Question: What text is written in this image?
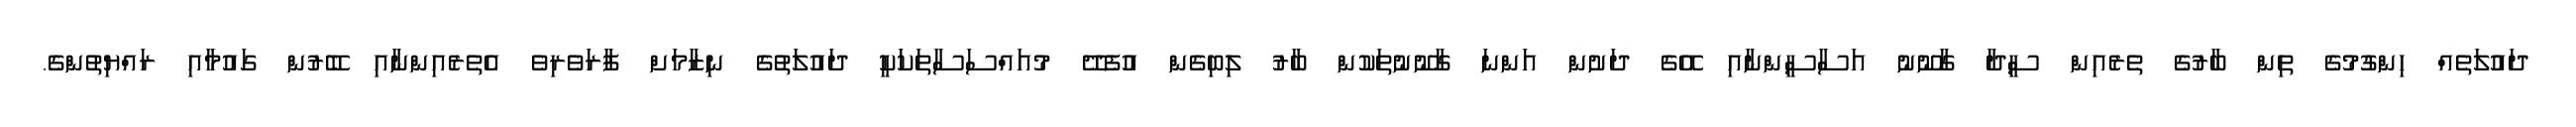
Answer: ދައުލަތެއް ހިންގުމުގެ ތިން ބާރުގެ ތެރެއިން ސީދާ ގާނޫނު އަސާސީންނާއި އޭގެ ދަށުން އަންނަ ގާނޫނުތަކުން ބާރު ލިބިގެން އުފެދޭ މުއައްސަސާތަކަކީ ދައުލަތުގެ ނިޒާމަށް ފާރަވެރިވެ އެތެރެއިންނާއި ބޭރުން ގައުމާއި ރައްޔިތުންގެ.